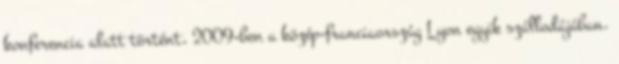
konferencia alatt történt, 2009-ben a közép-franciaország Lyon egyik szállodájában.